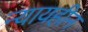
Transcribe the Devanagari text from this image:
न्यायहीन